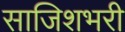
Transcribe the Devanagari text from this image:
साजिशभरी